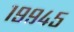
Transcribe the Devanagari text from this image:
१९९४५